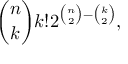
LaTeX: { \binom { n } { k } } k ! 2 ^ { { \binom { n } { 2 } } - { \binom { k } { 2 } } } ,